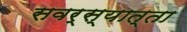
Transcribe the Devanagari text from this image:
सवर्स्यात्ता